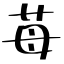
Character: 苺